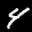
Label: 4